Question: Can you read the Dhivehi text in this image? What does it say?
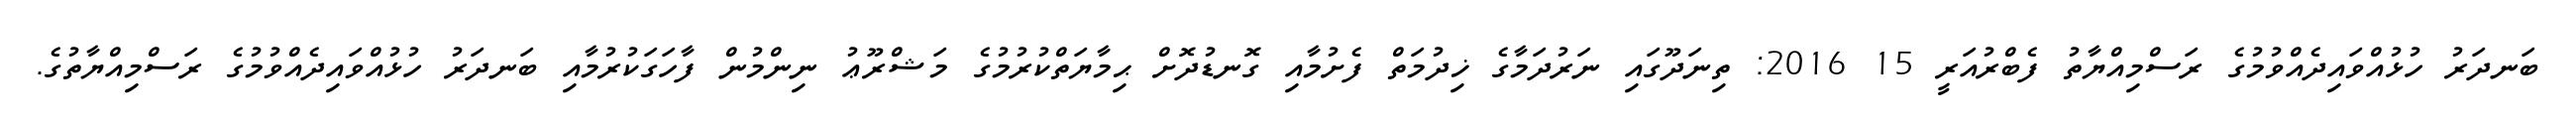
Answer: ބަނދަރު ހުޅުއްވައިދެއްވުމުގެ ރަސްމިއްޔާތު ފެބްރުއަރީ 15 2016: ތިނަދޫގައި ނަރުދަމާގެ ޚިދުމަތް ފެށުމާއި ގޮނޑުދޮށް ޙިމާޔަތްކުރުމުގެ މަޝްރޫޢު ނިންމުން ފާހަގަކުރުމާއި ބަނދަރު ހުޅުއްވައިދެއްވުމުގެ ރަސްމިއްޔާތުގެ.